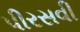
પીરસવી